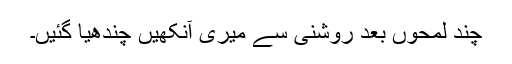
چند لمحوں بعد روشنی سے میری آنکھیں چندھیا گئیں۔